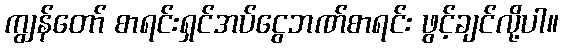
ကျွန်တော် စာရင်းရှင်အပ်ငွေဘဏ်စာရင်း ဖွင့်ချင်လို့ပါ။